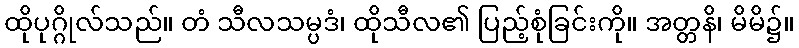
ထိုပုဂ္ဂိုလ်သည်။ တံ သီလသမ္ပဒံ၊ ထိုသီလ၏ ပြည့်စုံခြင်းကို။ အတ္တနိ၊ မိမိ၌။